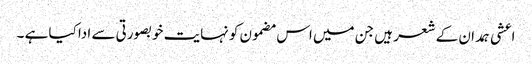
اعشی ہمدان کے شعر ہیں جن میں اس مضمون کو نہایت خوبصورتی سے ادا کیا ہے ۔